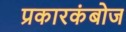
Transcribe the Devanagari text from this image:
प्रकारकंबोज